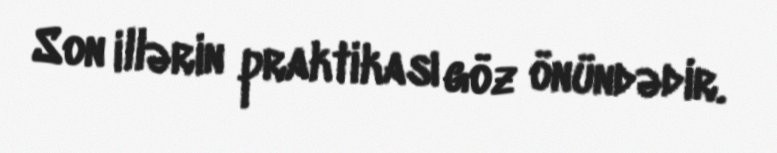
Son illərin praktikası göz önündədir.